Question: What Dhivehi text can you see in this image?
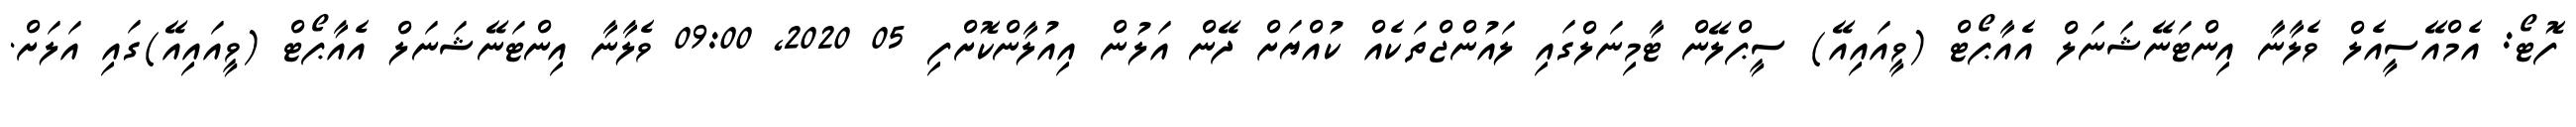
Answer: ފޮޓޯ: އެމްއޭސީއެލް ވެލާނާ އިންޓަނޭޝަނަލް އެއާޕޯޓް (ވީއައިއޭ) ސީޕްލޭން ޓާމިނަލްގައި ލައުންޖްތަކެއް ކުއްޔަށް ދޭން އަލުން އިއުލާންކޮށްފި 05 2020, 09:00 ވެލާނާ އިންޓަނޭޝަނަލް އެއާޕޯޓް (ވީއައިއޭ)ގައި އަލަށް.